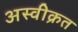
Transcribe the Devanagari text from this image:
अस्वीक्रत